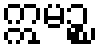
ဣမဉ္စ